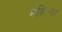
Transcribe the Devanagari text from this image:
महित्वा